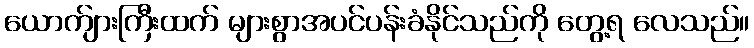
ယောက်ျားကြီးထက် များစွာအပင်ပန်းခံနိုင်သည်ကို တွေ့ရ လေသည်။